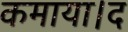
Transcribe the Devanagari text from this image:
कमाया।द